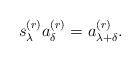
LaTeX: \begin{align*}s_{\lambda}^{(r)} a_{\delta}^{(r)} = a_{\lambda + \delta}^{(r)}.\end{align*}